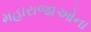
મહારાજાઓના